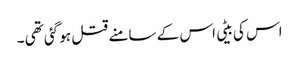
اس کی بیٹی اس کے سامنے قتل ہو گئی تھی ۔